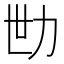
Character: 𱐬